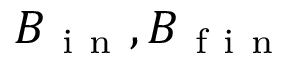
B _ { \mathrm { ~ i ~ n ~ } } , B _ { \mathrm { ~ f ~ i ~ n ~ } }